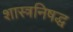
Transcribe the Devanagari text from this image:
शास्त्रनिषद्ध